General report no. 6 on the lunatic asylums, vaccination and dispensaries in the Bengal Presidency, 1873 -
Year: 1873
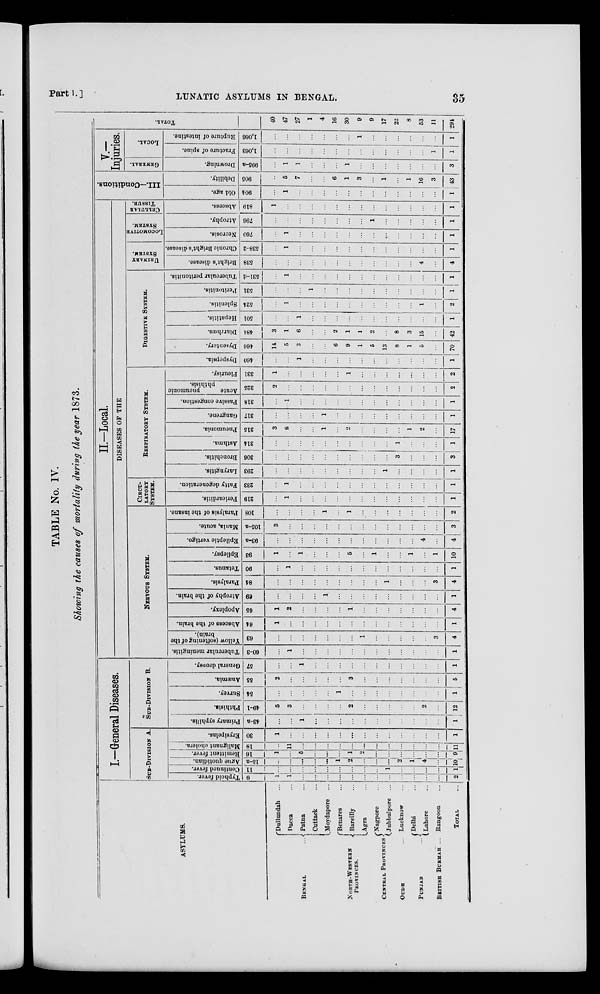
Part I.
]
LUNATIC ASYLUMS IN BENGAL.
35
TABLE No. IV.
Showing the causes of mortality during the year 1873.
ASYLUMS.
BENGAL
...
NORTH-WESTERN
PROVINCES.
CENTRAL PROVINCES.
OUDH ...
PUNJAB
...
BRITISH BURMAH ...
Dullundah ...
Dacca ...
Patna ...
Cuttack ...
Moydapore ...
Benares ...
Bareilly ...
Agra ...
Nagpore ...
Jubbulpore ...
Lucknow ...
Delhi ...
Lahore ...
Rangoon ...
TOTAL ...
I.—General Diseases.
SUB-DIVISION A.
Typhoid fever.
9
1
1
...
...
...
...
...
...
...
...
...
...
...
...
2
Continued fever.
11
...
...
...
...
...
...
...
...
...
1
...
...
...
...
1
Ague quotidian.
15-a
...
...
...
...
...
1
2
...
...
...
2
1
4
...
10
Remittent fever.
16
1
...
5
...
...
...
1
2
...
...
...
...
...
...
9
Malignant cholera.
18
...
11
...
...
...
...
...
...
...
...
...
... ...
...
11
Erysipelas.
30
1
...
...
...
...
...
...
...
...
...
...
...
...
...
1
SUB-DIVISION B.
Primary syphilis.
43-a
...
...
1
...
...
...
...
...
...
...
...
...
...
...
1
Phthisis.
49-1
5
3
...
...
...
...
2
...
...
...
...
...
2
...
12
Survey.
54
...
...
...
...
...
1
...
...
...
...
...
...
...
...
1
Anæmia.
55
2
...
...
...
...
...
3
...
...
...
...
...
...
...
5
General dropsy.
57
...
...
1
...
...
...
...
...
...
...
...
...
...
...
1
II.—Local.
DISEASES OF
THE
NERVOUS SYSTEM.
Tubercular meningitis.
60-3
...
1
...
...
...
...
...
...
...
...
...
...
...
...
1
Yellow (softening of the
brain).
63
...
...
...
...
...
...
...
1
...
...
...
...
...
3
4
Abscess of the brain.
64
1
...
...
...
...
...
...
...
...
...
...
...
...
...
1
Apoplexy.
65
1
2
...
...
...
...
1
...
...
...
...
...
...
...
4
Atrophy of the brain.
69
...
...
...
...
1
...
...
...
...
...
...
...
...
...
1
Paralysis.
84
...
...
...
...
...
...
...
...
...
1
...
...
...
3
4
Tetanus.
90
...
1
...
...
...
...
...
...
...
...
...
...
...
...
1
Epilepsy.
93
1
...
1
...
...
...
5
...
1
...
...
1
...
1
10
Epileptic vertigo.
93-a
...
...
...
...
...
...
...
...
...
...
...
...
4
...
4
Mania, acute.
105-a
3
...
...
...
...
...
...
...
...
...
...
...
...
...
3
Paralysis of the insane.
108
...
...
...
...
1
...
1
...
...
...
...
...
...
...
2
CIRCU-
LATORY
SYSTEM.
Pericarditis.
219
...
1
...
...
...
...
...
...
...
...
...
...
...
...
1
Fatty degeneration.
233
...
1
...
...
...
...
...
...
...
...
...
...
...
...
1
RESPIRATORY SYSTEM.
Laryngitis.
293
...
...
...
...
...
...
...
...
...
1
...
...
...
...
1
Bronchitis.
306
...
...
...
...
...
...
...
...
...
...
3
...
...
...
3
Asthma.
314
...
...
...
...
...
...
...
...
...
...
1
...
...
...
1
Pneumonia.
315
3
8
...
...
1
...
2
...
...
...
...
1
2
...
17
Gangrene.
317
...
...
...
...
1
...
...
...
...
...
...
...
...
...
1
Passive congestion.
318
...
1
...
...
...
...
...
...
...
...
...
...
...
...
1
Acute
pneumonic
phthisis.
325
2
...
...
...
...
...
...
...
...
...
...
...
...
...
2
Pleurisy.
331
1
...
...
...
...
...
1
...
...
...
...
...
...
...
2
DIGESTIVE SYSTEM.
Dyspepsia.
460
...
...
1
...
...
...
...
...
...
...
...
...
...
...
1
Dysentery.
468
14
5
3
...
...
6
9
1
5
13
8
1
5
...
70
Diarrhœa.
484
3
1
6
...
...
2
1
1
2
...
8
3
15
...
42
Hepatitis.
501
...
...
1
...
...
...
...
...
...
...
...
...
...
...
1
Splenitis.
524
...
1
...
...
...
...
...
...
...
...
...
...
1
...
2
Peritonitis.
531
...
...
...
1
...
...
...
...
...
...
...
...
...
...
1
Tubercular peritonitis.
531- d
...
1
...
...
...
...
...
...
...
...
...
...
...
...
1
URINARY
SYSTEM.
Bright's disease.
538
...
...
...
...
...
...
...
...
...
...
...
...
4
...
4
Chronic Bright's disease.
538-2
...
1
...
...
...
...
...
...
...
...
...
...
...
...
1
LOCOMOTIVE
SYSTEM.
Necrosis.
760
...
1
...
...
...
...
...
...
...
...
...
...
...
...
1
Atrophy.
796
...
...
...
...
...
...
...
...
1
...
...
...
...
...
1
CELLULAR
TISSUE.
Abscess.
819
1
...
...
...
...
...
...
...
...
...
...
...
...
...
1
III.—Conditions.
Old age.
904
...
1
...
...
...
...
...
...
...
...
...
...
...
...
1
Debility.
905
...
5
7
...
...
6
1
3
...
1
...
1
16
3
43
V.—
Injuries.
GENERAL.
Drowning.
995-a
...
1
1
...
...
...
1
...
...
...
...
...
...
...
3
LOCAL.
Fracture of spine.
1,063
...
...
...
...
...
...
...
...
...
...
...
...
...
1
1
Rupture of intestine.
1,068
...
...
...
...
...
...
...
1
...
...
...
...
...
...
1
TOTAL.
40
47
27
1
4
16
30
9
9
17
22
8
53
11
294